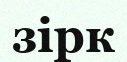
зірк